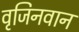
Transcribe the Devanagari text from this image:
वृजिनवान